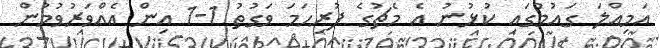
އަމިއްލަ ގައުމުގައި ކުޅުނު އެ މެޗުގެ ފުރިހަމަ ވަގުތު 1-1 އިން އެއްވަރުވުމުން